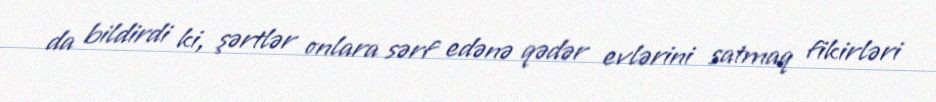
da bildirdi ki, şərtlər onlara sərf edənə qədər evlərini satmaq fikirləri